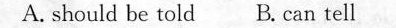
A. should be told B. can tell